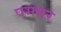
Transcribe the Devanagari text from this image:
पमबर